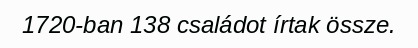
1720-ban 138 családot írtak össze.